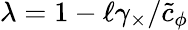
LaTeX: \lambda=1-\ell\gamma_{\times}/\tilde{c}_{\phi}